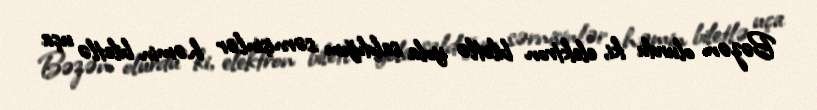
Bəzən olurdu ki, elektron biletlə yola saldığım sərnişinlər həmin biletlə uça